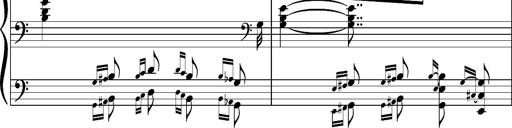
Title: Concerto sans orchestre, S.524a
Composer: Franz Liszt
Key: A major